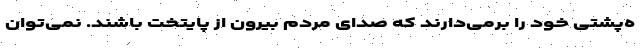
ه‌پشتی خود را برمی‌دارند که صدای مردم بیرون از پایتخت باشند. نمی‌توان